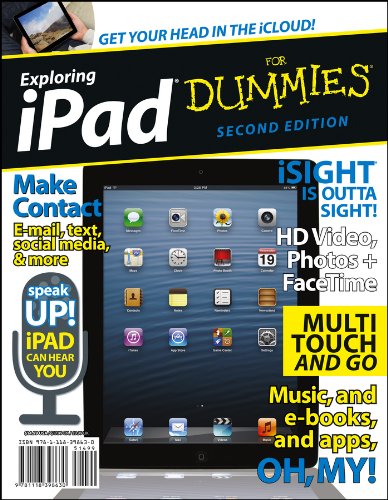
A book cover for Exploring iPad For Dummies; Galen Gruman; Computers & Technology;